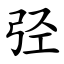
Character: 弪